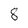
Character: 8